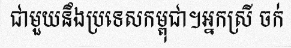
ជាមួយនឹងប្រទេសកម្ពុជា។អ្នកស្រី ចក់